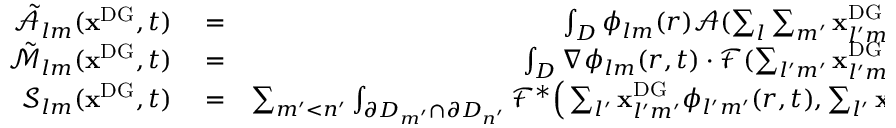
\begin{array} { r l r } { \tilde { \mathcal { A } } _ { l m } ( \mathbf { x } ^ { \mathrm { { D G } } } , t ) } & { { } = } & { \int _ { D } \phi _ { l m } ( r ) \mathcal { A } ( \sum _ { l } \sum _ { m ^ { \prime } } \mathbf { x } _ { l ^ { \prime } m ^ { \prime } } ^ { \mathrm { { D G } } } ( t ) \phi _ { l ^ { \prime } m ^ { \prime } } ( r ) , t ) \, \mathrm { d } r } \\ { \tilde { \mathcal { M } } _ { l m } ( \mathbf { x } ^ { \mathrm { { D G } } } , t ) } & { { } = } & { \int _ { D } \nabla \phi _ { l m } ( r , t ) \cdot \mathcal { F } ( \sum _ { l ^ { \prime } m ^ { \prime } } \mathbf { x } _ { l ^ { \prime } m ^ { \prime } } ^ { \mathrm { { D G } } } ( t ) \phi _ { l ^ { \prime } m ^ { \prime } } ( r ) , t ) \, \mathrm { d } r } \\ { \mathcal { S } _ { l m } ( \mathbf { x } ^ { \mathrm { { D G } } } , t ) } & { { } = } & { \sum _ { m ^ { \prime } < n ^ { \prime } } \int _ { \partial D _ { m ^ { \prime } } \cap \partial D _ { n ^ { \prime } } } \mathcal { F } ^ { * } \Big ( \sum _ { l ^ { \prime } } \mathbf { x } _ { l ^ { \prime } m ^ { \prime } } ^ { \mathrm { { D G } } } \phi _ { l ^ { \prime } m ^ { \prime } } ( r , t ) , \sum _ { l ^ { \prime } } \mathbf { x } _ { l ^ { \prime } n ^ { \prime } } ^ { \mathrm { { D G } } } \phi _ { l ^ { \prime } n ^ { \prime } } ( r , t ) \Big ) \, \mathrm { d } S } \end{array}